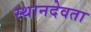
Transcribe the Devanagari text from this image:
स्थानदेवता